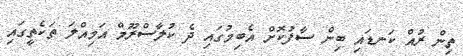
ތިން ރުއް ކަނޑައި ބިން ސާފުކޮށް އެބިމުގައި ދެ ކުލާސްރޫމް އަމިއްލަ ތަކެތީގައި